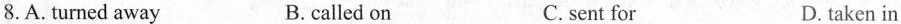
8.A. turned away B.called on C. sent for D.taken in